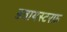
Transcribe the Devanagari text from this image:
डवायस्टरफ़